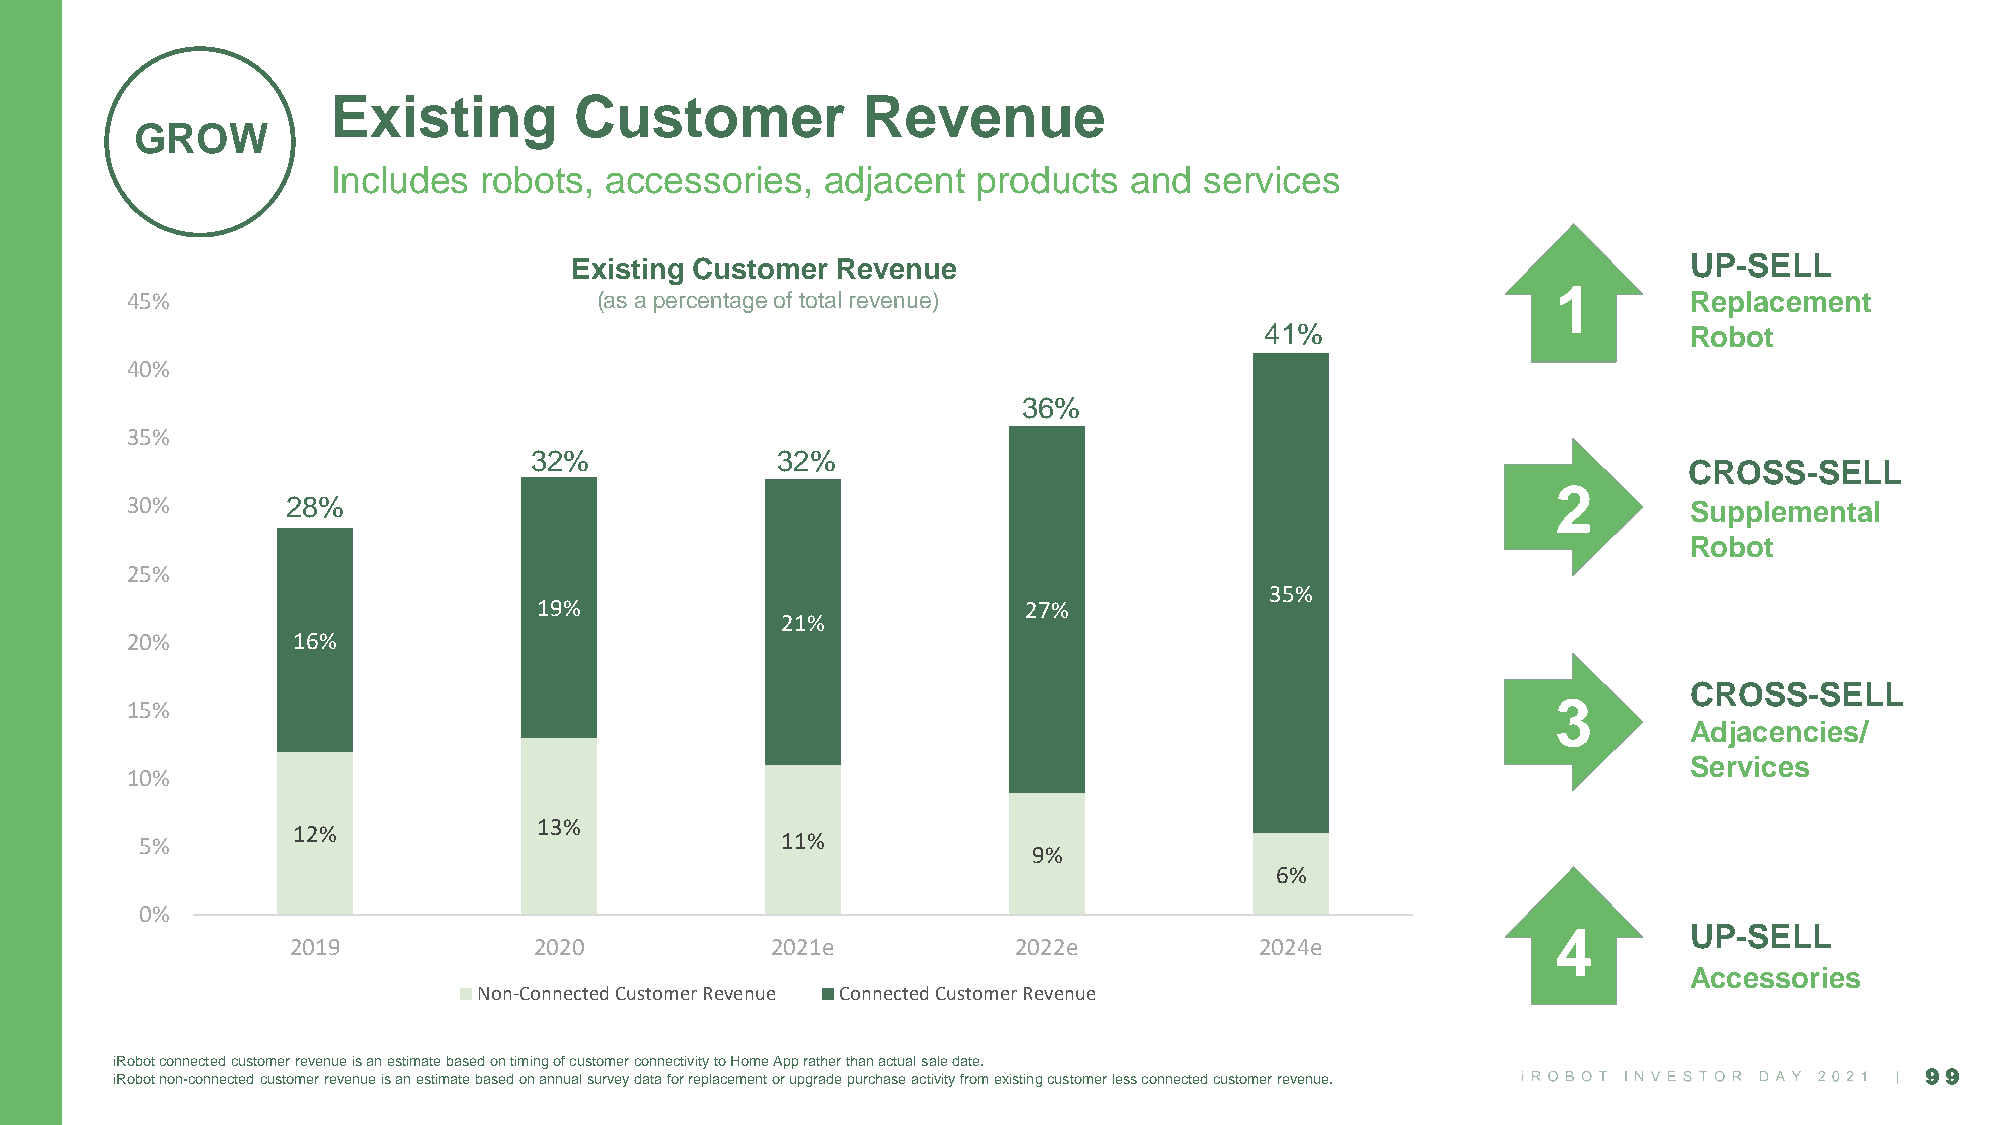
Existing        Customer           Revenue
 GROW
 Includes  robots, accessories,   adjacent  products  and  services
 Existing Customer Revenue                                                 UP-SELL
 1
 45%                            (as a percentage of total revenue)                                       Replacement
 41%                         Robot
 40%
 36%
 35%
 32%             32%
 CROSS-SELL
 2
 30%        28%                                                                                          Supplemental
 Robot
 25%
 35%
 19%                             27%
 21%
 20%        16%
 CROSS-SELL
 15%                                                                                            3
 Adjacencies/
 Services
 10%
 13%
 12%
 5%                                         11%
 9%
 6%
 0%
 4        UP-SELL
 2019            2020            2021e           2022e           2024e
 Accessories
 Non-Connected Customer Revenue Connected Customer Revenue
 iRobot connected customer revenue is an estimate based on timing of customer connectivity to Home App rather than actual saledate.
 iRobot non-connected customer revenue is an estimate based on annual survey data for replacement or upgrade purchase activity from existing customer less connected customer revenue. 99